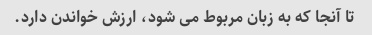
تا آنجا که به زبان مربوط می شود، ارزش خواندن دارد.